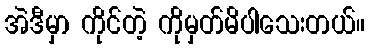
အဲဒီမှာ ကိုင်တဲ့ ကိုမှတ်မိပါသေးတယ်။